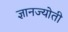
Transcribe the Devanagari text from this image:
ज्ञानज्योती